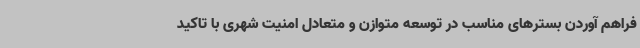
فراهم آوردن بسترهای مناسب در توسعه متوازن و متعادل امنیت شهری با تاکید